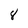
Character: 8